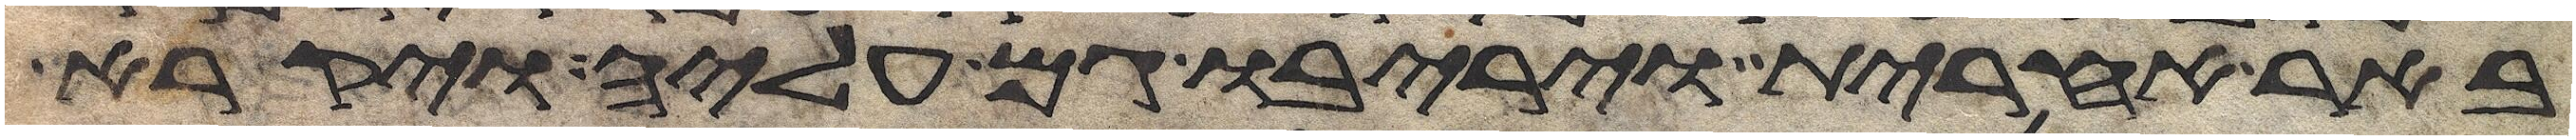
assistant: באר אחרת ויריבו גם עליה ויקרא